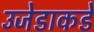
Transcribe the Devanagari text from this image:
उजेडाकडे